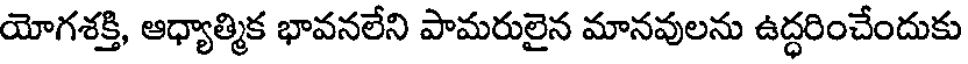
యోగశక్తి, ఆధ్యాత్మిక భావనలేని పామరులైన మానవులను ఉద్ధరించేందుకు